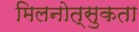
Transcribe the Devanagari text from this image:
मिलनोत्सुकता